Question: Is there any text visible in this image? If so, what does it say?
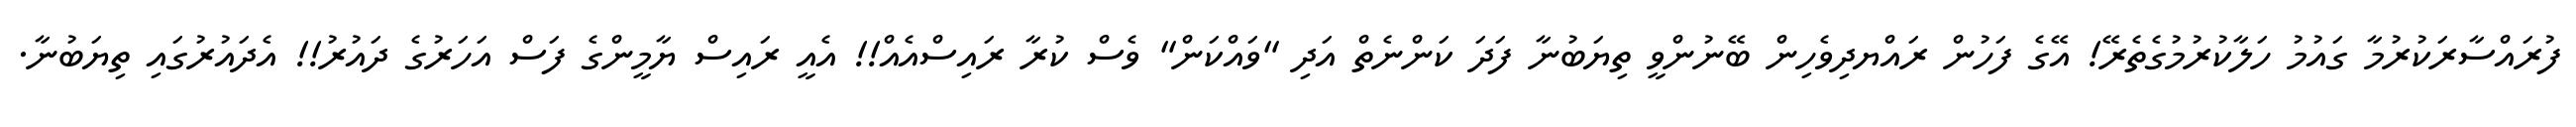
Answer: ފުރައްސާރަކުރުމާ ގައުމު ހަލާކުރުމުގެތެރޭ! އޭގެ ފަހުން ރައްޔދިވެހިން ބޭނުންވީ ތިޔަބުނާ ފަދަ ކަންނެތް އަދި "ވައްކަން" ވެސް ކުރާ ރައިސްއެއް!! އެއީ ރައިސް ޔާމީންގެ ފަސް އަހަރުގެ ދައުރު!! އެދައުރުގައި ތިޔަބުނާ.